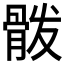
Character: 𲌍